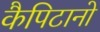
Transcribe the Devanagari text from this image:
कैपिटानो